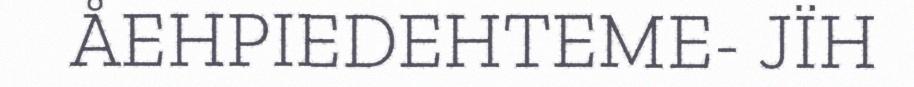
ÅEHPIEDEHTEME- JÏH